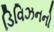
ડિવિઝનનો